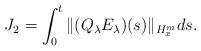
LaTeX: \begin{align*} \displaystyle J_2=\int_{0}^{t}\|(Q_{\lambda}E_{\lambda})(s)\|_{H_{x}^{m}}ds.\end{align*}